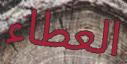
العطاء